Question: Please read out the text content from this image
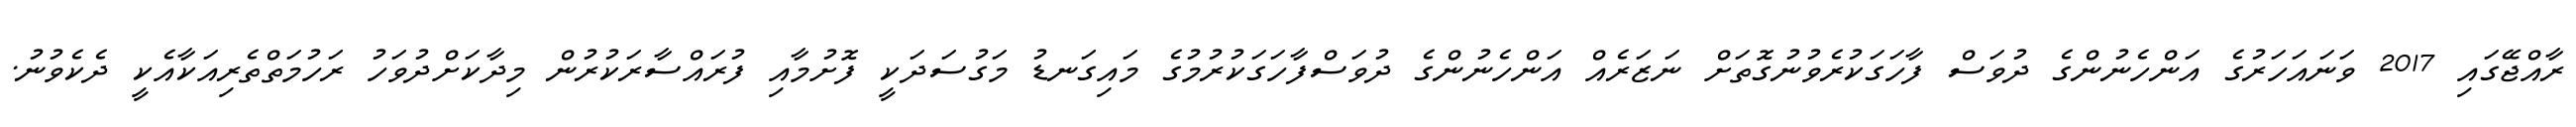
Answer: ރާއްޖޭގައި 2017 ވަނައަހަރުގެ އަންހެނުންގެ ދުވަސް ފާހަގަކުރެވުނުގޮތަށް ނަޒަރެއް އަންހެނުންގެ ދުވަސްފާހަގަކުރުމުގެ މައިގަނޑު މަގުސަދަކީ ފޮށުމާއި ފުރައްސާރަކުރުން މިދާކަށްދުވަހު ރަހުމަތްތެރިއަކާއެކީ ދެކެވުނު.